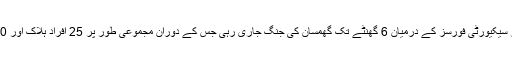
حملہ آوروں اور سیکیورٹی فورسز کے درمیان 6 گھنٹے تک گھمسان کی جنگ جاری رہی جس کے دوران مجموعی طور پر 25 افراد ہلاک اور 10 زخمی ہوئے۔